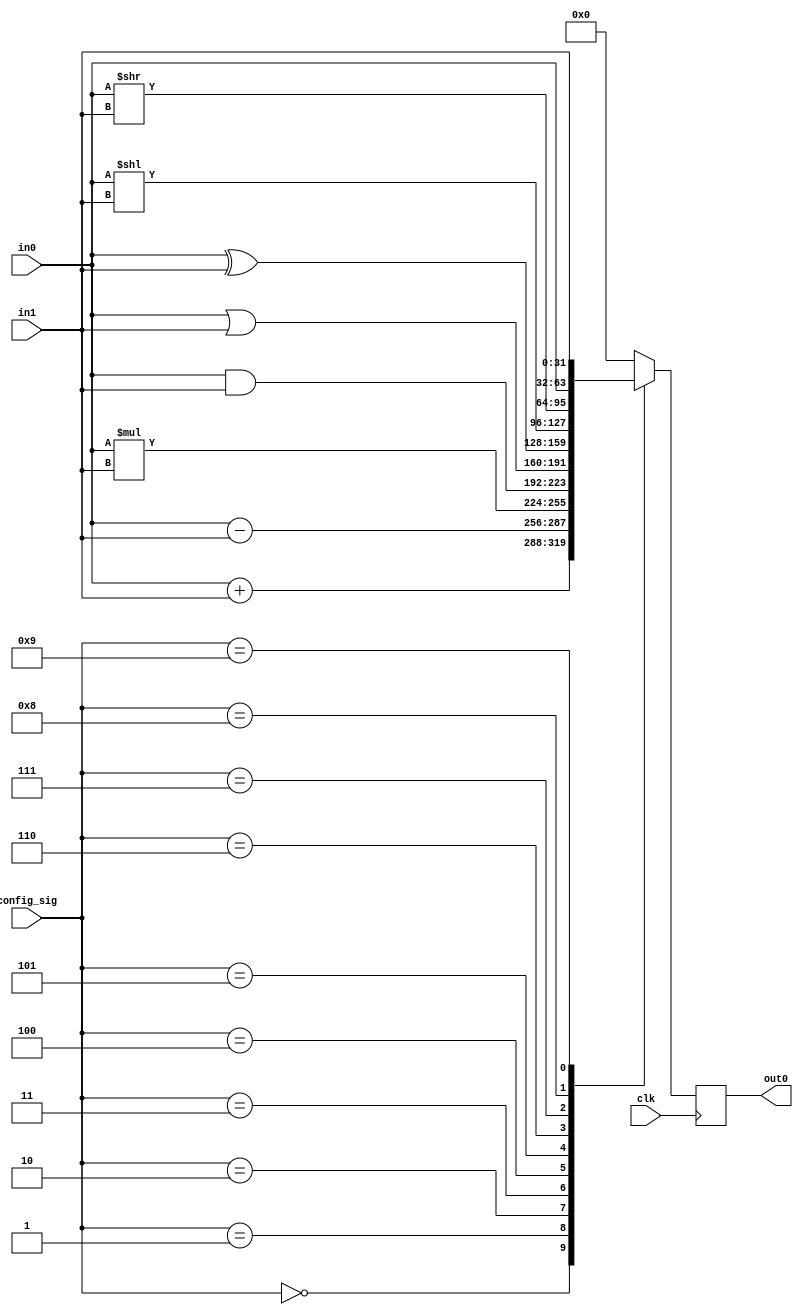
// Module Name: ALU2
// Module Type: FUNC_CELL
// Include Module: 
// Input Ports: in0 in1
// Output Ports: out0
// Special Ports: clk config_sig
// Config Width: 4

module ALU2(clk, config_sig, in0, in1, out0);
    parameter size = 32;
    // Specifying the ports
    input clk;
    input [size-1:0] in0;
    input [size-1:0] in1;
    output reg [size-1:0] out0;
    input [3:0] config_sig;

    // Declaring wires to direct module output into multiplexer
    wire [size-1:0] add_sel;
    wire [size-1:0] sub_sel;
    wire [size-1:0] mul_sel;
    wire [size-1:0] and_sel;
    wire [size-1:0] or_sel;
    wire [size-1:0] xor_sel;
    wire [size-1:0] shl_sel;
    wire [size-1:0] shr_sel;

    // Declaring the submodules
    assign add_sel = in0 + in1;
    assign sub_sel = in0 - in1;
    assign mul_sel = in0 * in1;
    assign and_sel = in0 & in1;
    assign or_sel = in0 | in1;
    assign xor_sel = in0 ^ in1;
    assign shl_sel = in0 << in1;
    assign shr_sel = in0 >> in1;

    always @(posedge clk)
        case (config_sig)
            0: out0 = add_sel;
            1: out0 = sub_sel;
            2: out0 = mul_sel;
            3: out0 = and_sel;
            4: out0 = or_sel;
            5: out0 = xor_sel;
            6: out0 = shl_sel;
            7: out0 = shr_sel;
            8: out0 = in0;
            9: out0 = in1;
            default: out0 = 0;
        endcase
endmodule